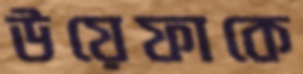
উয়েফাকে